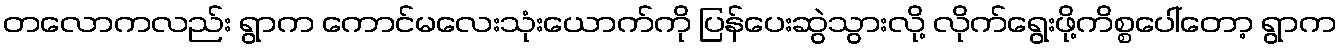
တလောကလည်း ရွာက ကောင်မလေးသုံးယောက်ကို ပြန်ပေးဆွဲသွားလို့ လိုက်ရွေးဖို့ကိစ္စပေါ်တော့ ရွာက